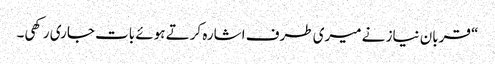
“ قربان نیاز نے میری طرف اشارہ کرتے ہوئے بات جاری رکھی۔